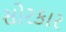
સોરકાર